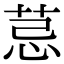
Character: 𦮼